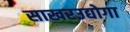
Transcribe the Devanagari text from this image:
साखरउद्योगा